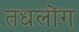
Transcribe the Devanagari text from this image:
तधलोंग